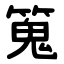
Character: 䈭